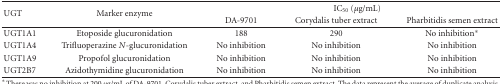
<table><thead><tr><td rowspan="2"><b>UGT</b></td><td rowspan="2"><b>Marker enzyme</b></td><td colspan="3"><b>IC<sub>50</sub> (<i>μ</i>g/mL)</b></td></tr><tr><td><b>DA-9701</b></td><td><b>Corydalis tuber extract</b></td><td><b>Pharbitidis semen extract</b></td></tr></thead><tbody><tr><td>UGT1A1</td><td>Etoposide glucuronidation</td><td>188</td><td>290</td><td>No inhibition*</td></tr><tr><td>UGT1A4</td><td>Trifluoperazine <i>N</i>-glucuronidation</td><td>No inhibition</td><td>No inhibition</td><td>No inhibition</td></tr><tr><td>UGT1A9</td><td>Propofol glucuronidation</td><td>No inhibition</td><td>No inhibition</td><td>No inhibition</td></tr><tr><td>UGT2B7</td><td>Azidothymidine glucuronidation</td><td>No inhibition</td><td>No inhibition</td><td>No inhibition</td></tr></tbody></table>